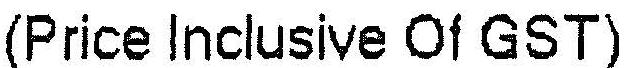
(PRICE INCLUSIVE OF GST)